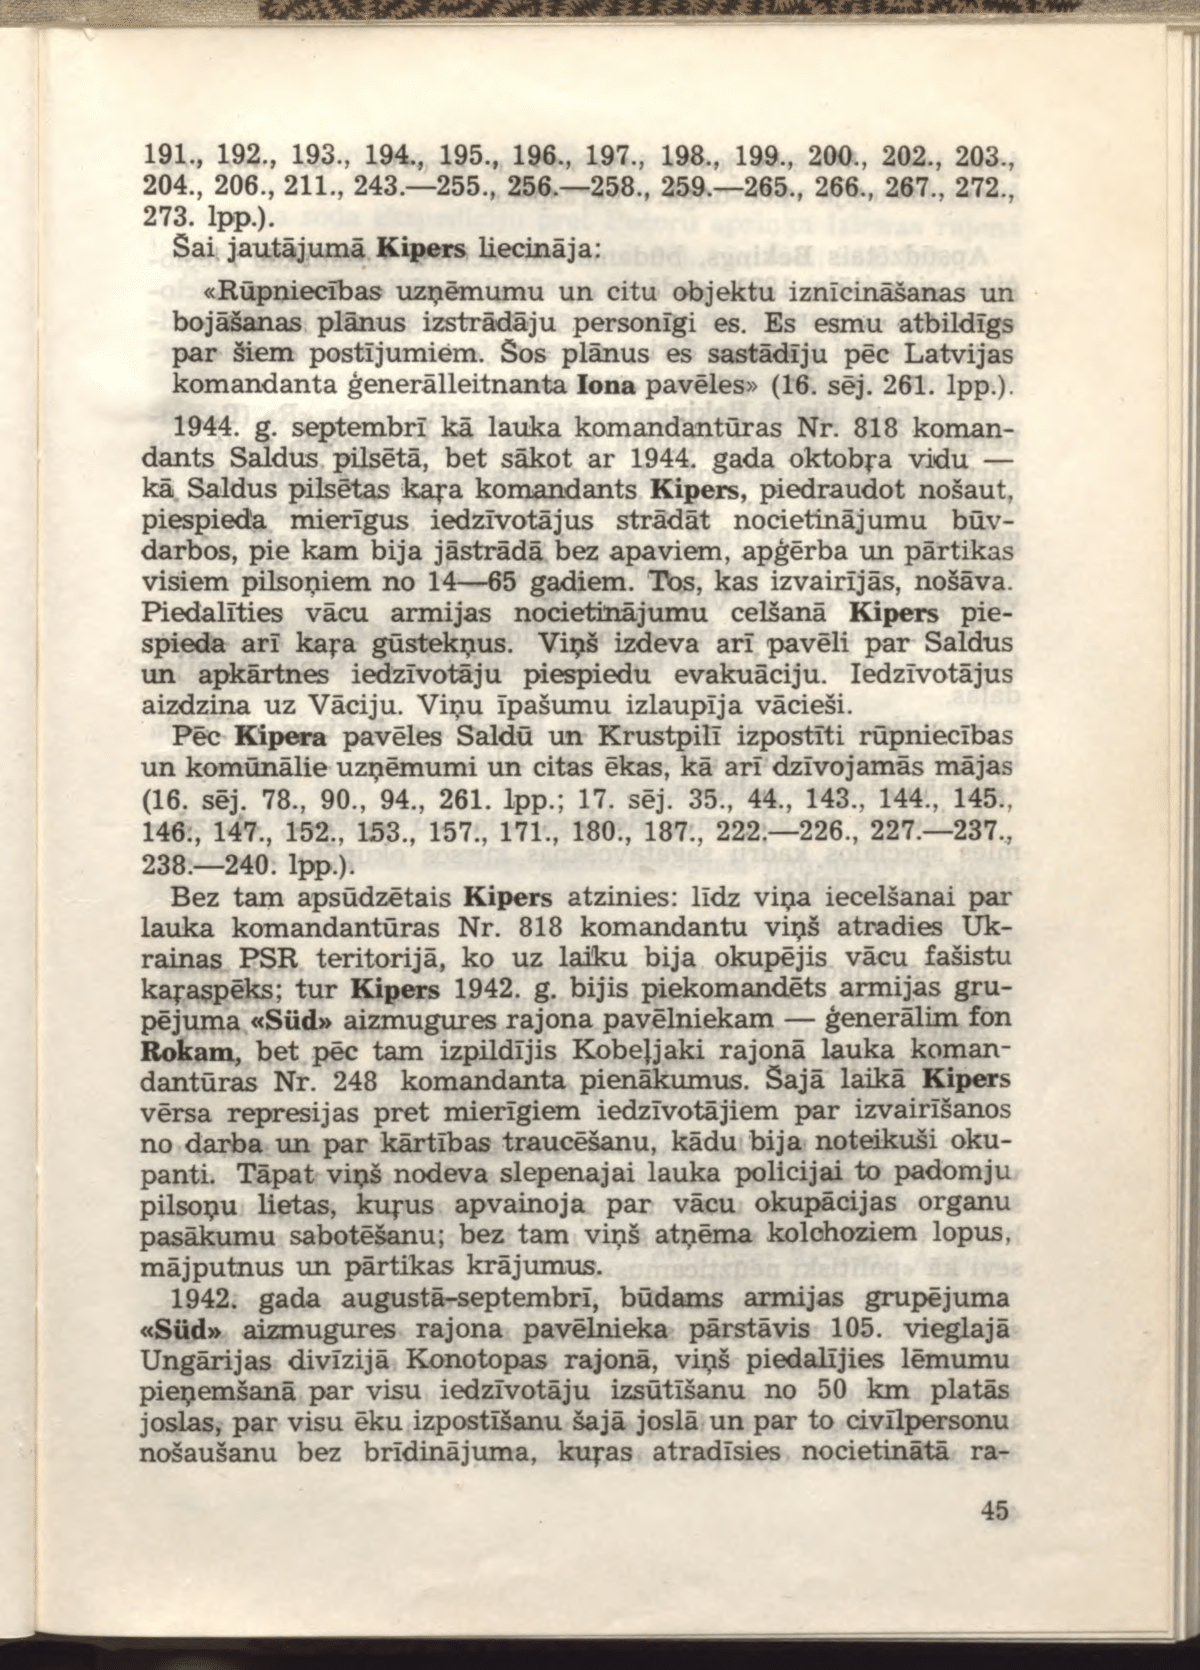
Language: lv